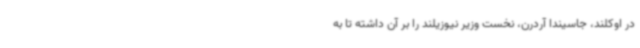
در اوکلند، جاسیندا آردرن، نخست وزیر نیوزیلند را بر آن داشته تا به